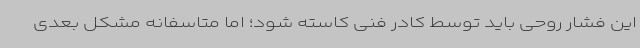
این فشار روحی باید توسط کادر فنی کاسته شود؛ اما متاسفانه مشکل بعدی